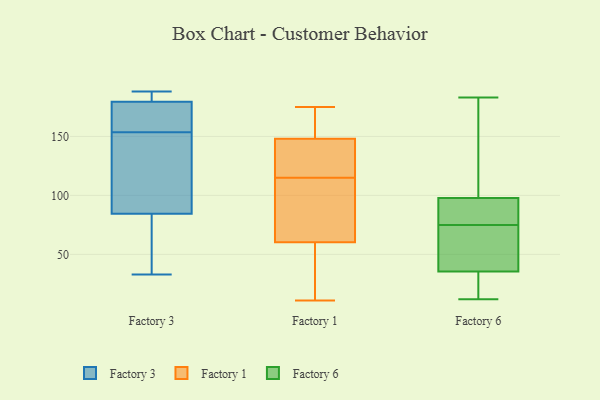
{"axis": {"x": "Inventory Turnover", "y": "Value"}, "legend": ["Factory 1", "Factory 3", "Factory 6"], "data": [{"x": "", "y": 177, "type": "Factory 3"}, {"x": "", "y": 184, "type": "Factory 3"}, {"x": "", "y": 182, "type": "Factory 3"}, {"x": "", "y": 77, "type": "Factory 3"}, {"x": "", "y": 143, "type": "Factory 3"}, {"x": "", "y": 92, "type": "Factory 3"}, {"x": "", "y": 188, "type": "Factory 3"}, {"x": "", "y": 164, "type": "Factory 3"}, {"x": "", "y": 122, "type": "Factory 3"}, {"x": "", "y": 165, "type": "Factory 3"}, {"x": "", "y": 77, "type": "Factory 3"}, {"x": "", "y": 33, "type": "Factory 3"}, {"x": "", "y": 115, "type": "Factory 1"}, {"x": "", "y": 146, "type": "Factory 1"}, {"x": "", "y": 164, "type": "Factory 1"}, {"x": "", "y": 30, "type": "Factory 1"}, {"x": "", "y": 154, "type": "Factory 1"}, {"x": "", "y": 69, "type": "Factory 1"}, {"x": "", "y": 145, "type": "Factory 1"}, {"x": "", "y": 11, "type": "Factory 1"}, {"x": "", "y": 78, "type": "Factory 1"}, {"x": "", "y": 175, "type": "Factory 1"}, {"x": "", "y": 74, "type": "Factory 1"}, {"x": "", "y": 34, "type": "Factory 1"}, {"x": "", "y": 143, "type": "Factory 1"}, {"x": "", "y": 36, "type": "Factory 6"}, {"x": "", "y": 42, "type": "Factory 6"}, {"x": "", "y": 16, "type": "Factory 6"}, {"x": "", "y": 100, "type": "Factory 6"}, {"x": "", "y": 34, "type": "Factory 6"}, {"x": "", "y": 12, "type": "Factory 6"}, {"x": "", "y": 75, "type": "Factory 6"}, {"x": "", "y": 76, "type": "Factory 6"}, {"x": "", "y": 97, "type": "Factory 6"}, {"x": "", "y": 183, "type": "Factory 6"}, {"x": "", "y": 140, "type": "Factory 6"}, {"x": "", "y": 43, "type": "Factory 6"}, {"x": "", "y": 95, "type": "Factory 6"}]}